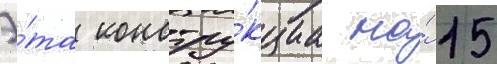
Э́та констру́кциа на́ 15